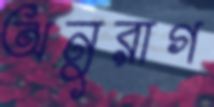
অনুরাগ